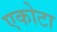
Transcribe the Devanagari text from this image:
एकोटा